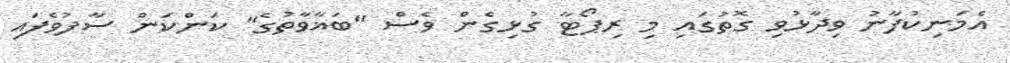
އެމަނިކުފާނު ވިދާޅުވި ގޮތުގައި މި ރިޕޯޓާ ގުޅިގެން ވެސް "ބަޣާވާތުގެ" ކަންކަން ސާފުވެފައި